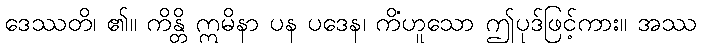
ဒေဿတိ၊ ၏။ ကိန္တိ ဣမိနာ ပန ပဒေန၊ ကိံဟူသော ဤပုဒ်ဖြင့်ကား။ အဿ